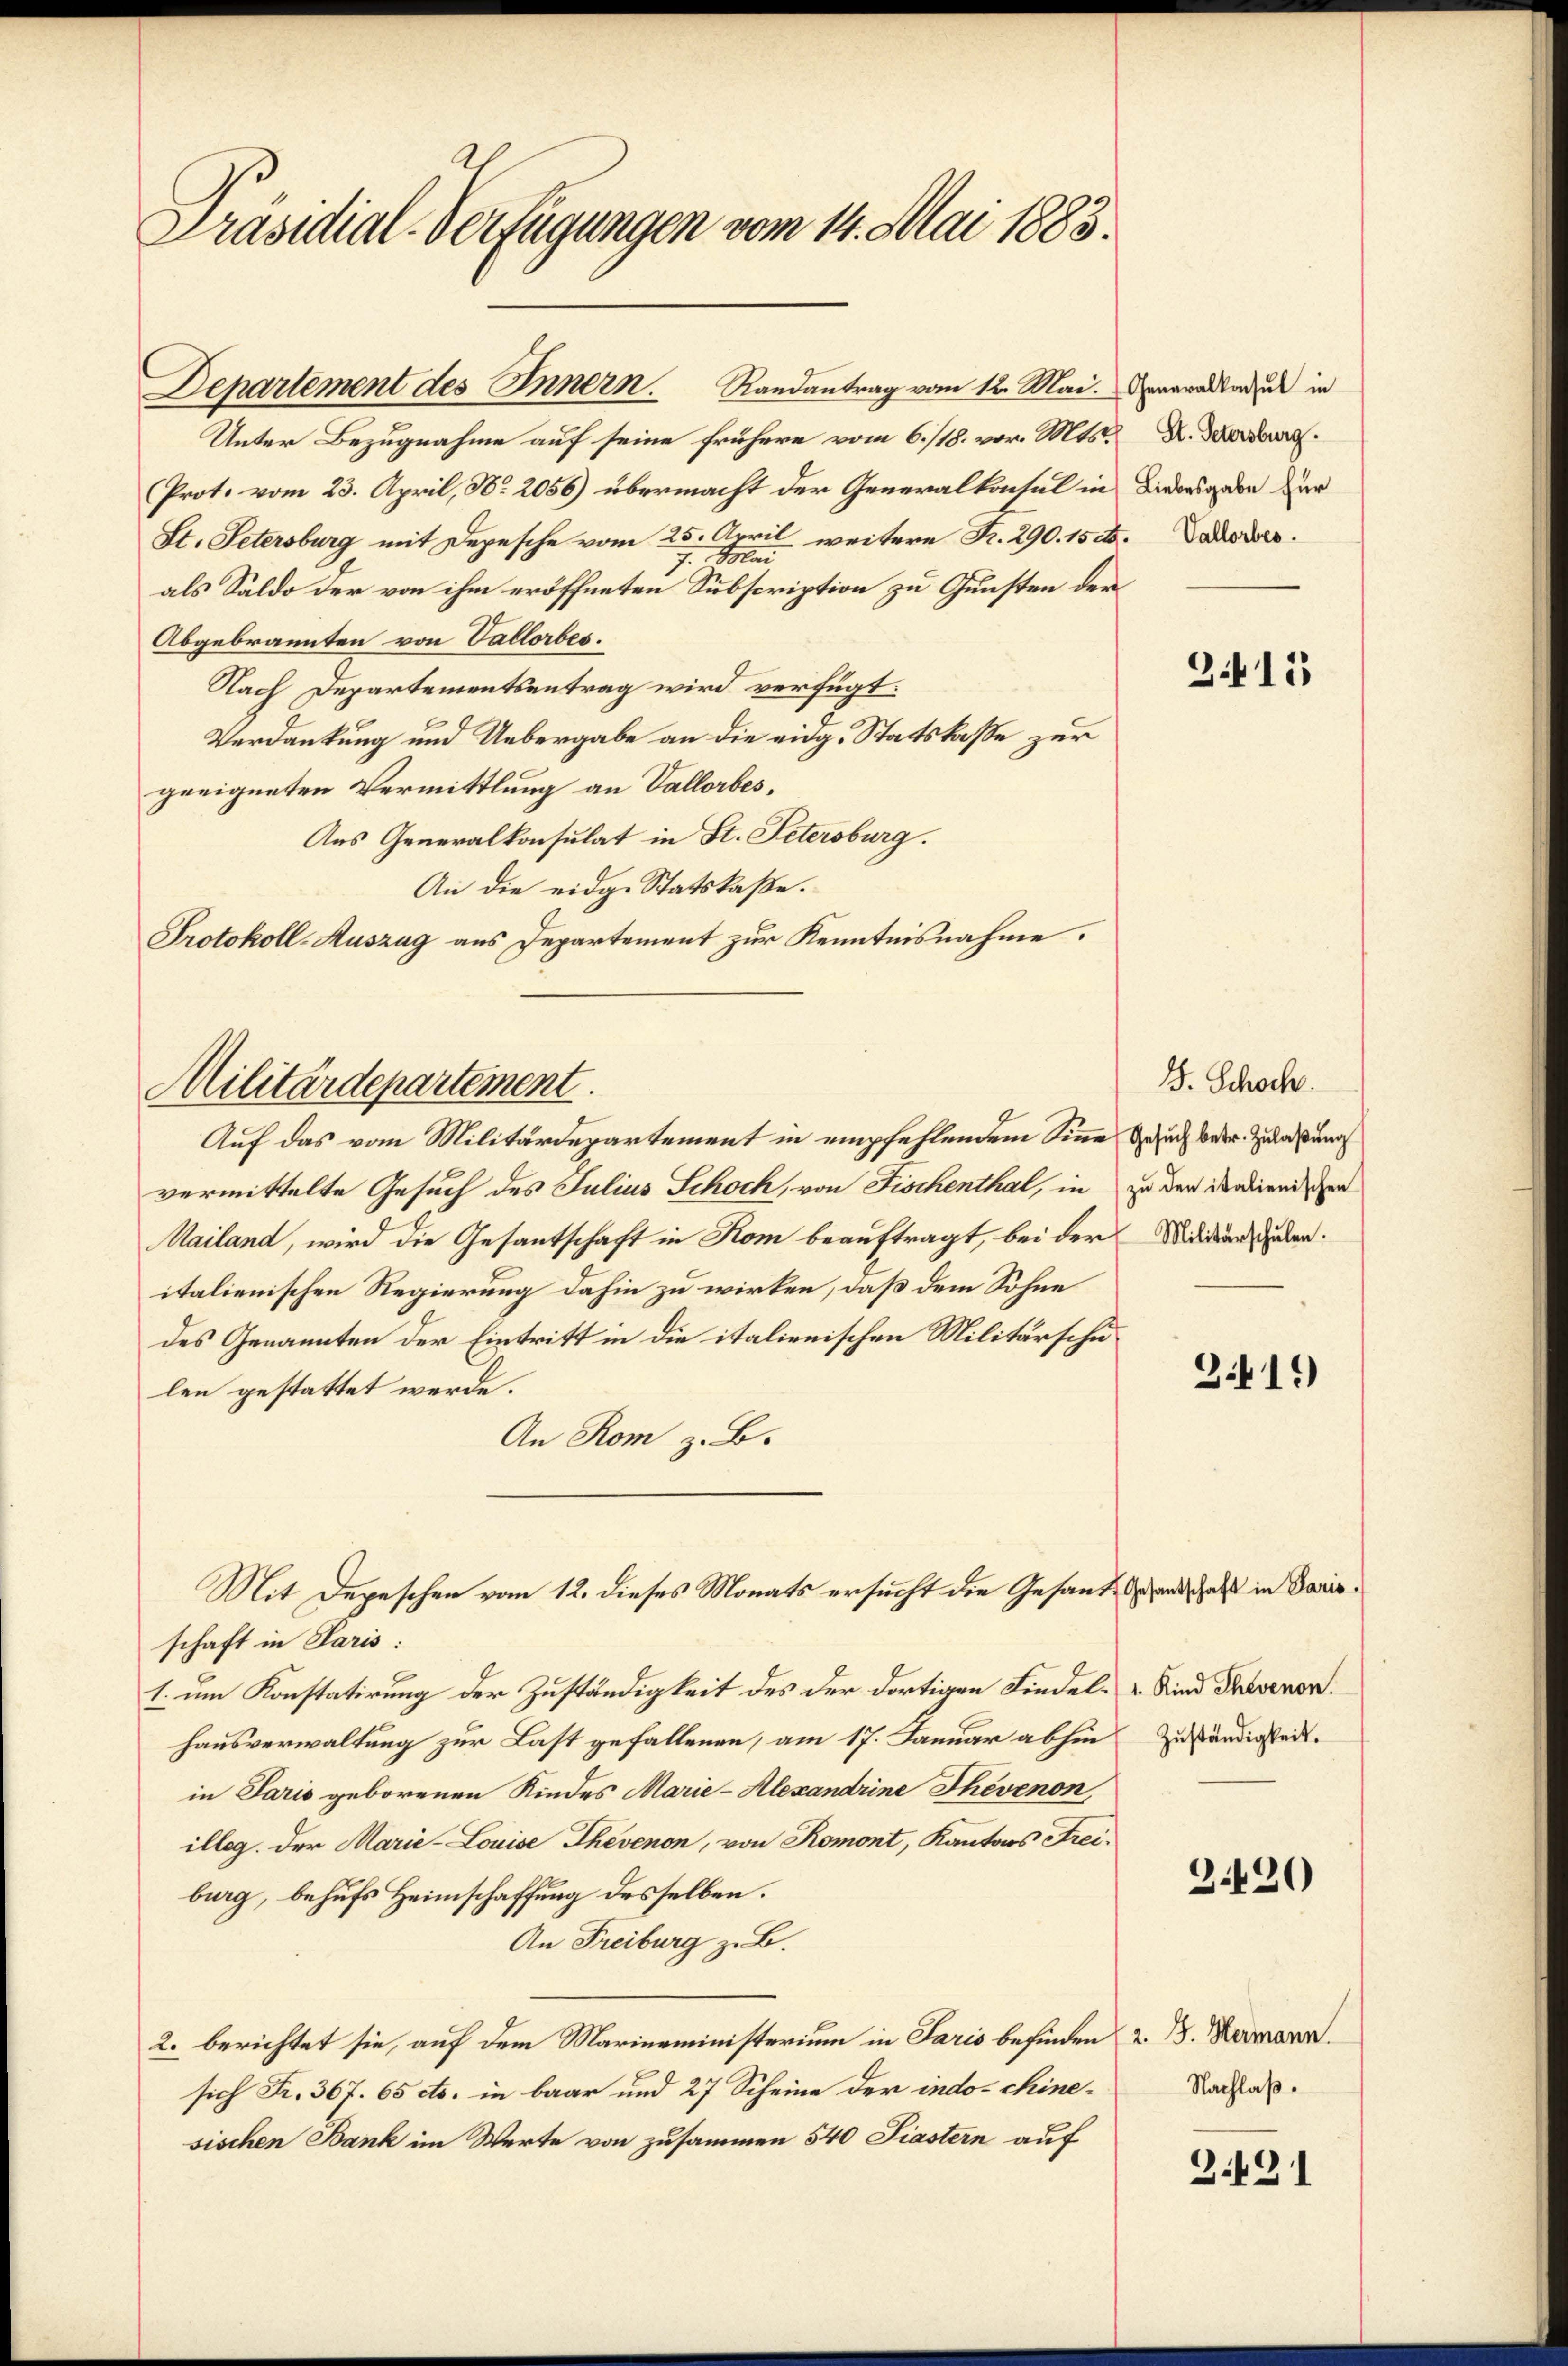
Präsidial-Verfügungen vom 14. Mai 1883.

Protokoll-Auszug aus Departement zur Kenntnisnahme.
Militärdepartement.

Departement des Innern. Randantrag vom 12. Mai. Generade und in

Unter Bezugnahme auf seine frühere vom 6./18. vor. Mts. Z. Forder
Prot. vom 23. April, No. 2056) übermacht der Generalkonsul in
St. Petersburg mit Depesche vom 25. April weitere Fr. 290. 15 t.
7. Mai
als Saldo der von ihm eröffneten Subscription zu Gunsten der
Abgebrannten von Vallorbes.
Nach Departementsantrag wird verfügt:
Verdankung und Uebergabe an die eidg. Statskaße zur
geeigneten Vermittlung an Vallorbes,
Aus Generalkonsulat in St. Petersburg.
An die eidg. Statskaße.
Auf das vom Militärdepartement in empfehlendem Sinne Gesuch betr. Zulaßung
vermittelte Gesuch des Julius Schoch, von Fischenthal, in
Mailand, wird die Gesantschaft in Rom beauftragt, bei der Widers haben.
italienischen Regierung dahin zu wirken, daß dem Sohne
des Genannten der Eintritt in die italienischen Militärschulen gestattet werde.
An Rom z. B.
Mit Depeschen vom 12. dieses Monats ersucht die Gesantestand, daß in Parisschaft in Paris:
1. um Konstatirung der Zuständigkeit des der dortigen Kindel- & Kind Trevenon.
hausverwaltung zur Last gefallenen, am 17. Januar abhin zuständigkeit.
in Paris geborenen Kindes Marie - Alexandrine Thevenon
illeg. Der Marie-Louise Thevenon, von Romont, Kantons Freiburg, behufs Heimschaffung desselben.
An Freiburg z. B.
2. berichtet sie, auf dem Marienministerium in Paris befinden z. B. Hermann.
sich Fr. 367. 65 etc. in baar und 27 Scheine der indo-chinesischen Bank im Werte von zusammen 540 Piastern auf

Liebesgabe für
Vallorbes.

3415

J. Schoch.
zu den italienischen

3419)

3420

Nachlaß.

3.421